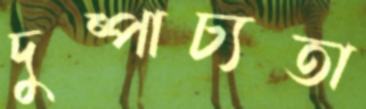
দুষ্পাচ্যতা